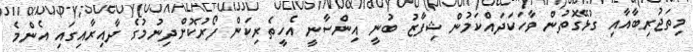
މިތަޖުރިބާއާއި ގުޅޭގޮތުން ވާހަކަދައްކަމުން ޝިފާޒު ބުނީ އިންސާނީ އެހީތެރިކަން ފޯރުކޮށްދިނުމުގެ ދާއިރާއިގައި އެންމެ